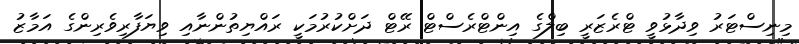
މިނިސްޓަރު ވިދާޅުވީ ޓްރެޒަރީ ބިލްގެ އިންޓްރެސްޓް ރޭޓް ދަށްކުރުމަކީ ރައްޔިތުންނާއި ވިޔަފާރިވެރިންގެ އަމާޒު